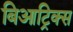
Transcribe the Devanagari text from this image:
बिआट्रिक्स